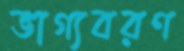
ভাগ্যবরণ